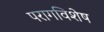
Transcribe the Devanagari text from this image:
परागविशेष